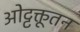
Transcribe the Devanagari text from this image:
ओट्टक्तूतन